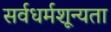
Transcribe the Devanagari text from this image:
सर्वधर्मशून्यता